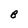
Character: B